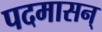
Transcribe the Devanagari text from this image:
पदमासन्